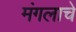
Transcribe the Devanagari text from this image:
मंगलाचे